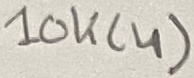
Text: 10K(4)